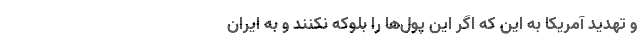
و تهدید آمریکا به این که اگر این پول‌ها را بلوکه نکنند و به ایران